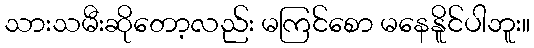
သားသမီးဆိုတော့လည်း မကြင်စော မနေနိူင်ပါဘူး။